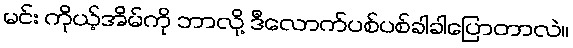
မင်း ကိုယ့်အိမ်ကို ဘာလို့ ဒီလောက်ပစ်ပစ်ခါခါပြောတာလဲ။